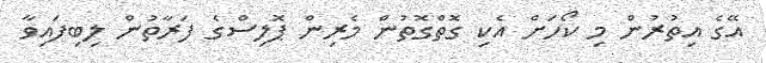
އޭގެ އިތުރުން މި ކޯހަށް އެކި ގޮތްގޮތުން މެރިން ޕޮލިސްގެ ފަރާތުން ލިބިފައިވާ